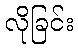
လိုခြင်း